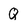
Character: Q